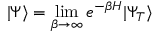
\vert \Psi \rangle = \operatorname* { l i m } _ { \beta \to \infty } e ^ { - \beta H } \vert \Psi _ { T } \rangle